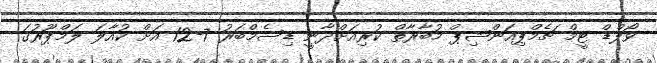
ވޯލްޑް ޓީމް ޗެމްޕިއަންޝިޕް މުބާރާތް ކުރިއަށްދާނީ ޑިސެމްބަރު 7-12 އަށް ކުއާލަ ލަމްޕޫރުގަ